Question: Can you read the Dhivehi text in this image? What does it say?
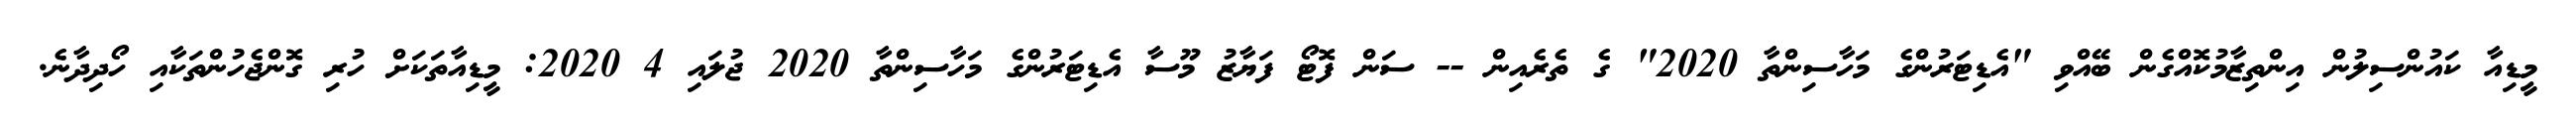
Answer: މީޑިއާ ކައުންސިލުން އިންތިޒާމުކޮއްގެން ބޭއްވި "އެޑިޓަރުންގެ މަހާސިންތާ 2020" ގެ ތެރެއިން -- ސަން ފޮޓޯ ފަޔާޒު މޫސާ އެޑިޓަރުންގެ މަހާސިންތާ 2020 ޖުލައި 4 2020: މީޑިއާތަކަށް ހުރި ގޮންޖެހުންތަކާއި ހޯދިދާނެ.